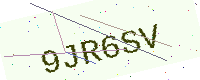
Text: 9JR6SV